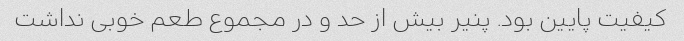
کیفیت پایین بود. پنیر بیش از حد و در مجموع طعم خوبی نداشت